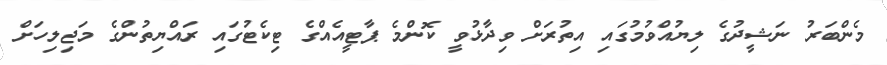
މެންބަރު ނަޝީދުގެ ލިޔުއްވުމުގައި އިތުރަށް ވިދާޅުވީ ކޮންމެ ޕާޓީއެއްގެ ޓިކެޓުގައި ރައްޔިތުންގެ މަޖިލިހަށް